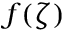
f ( \zeta )